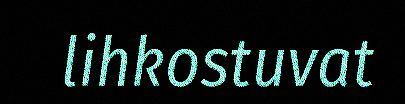
lihkostuvat